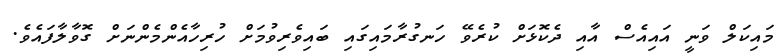
މައިކަލް ވަނީ އައިއެސް އާއި ދެކޮޅަށް ކުރެވޭ ހަނގުރާމައިގައި ބައިވެރިވުމަށް ހުރިހާއެންމެންނަށް ގޮވާލާފައެވެ.